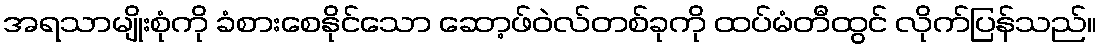
အရသာမျိုးစုံကို ခံစားစေနိုင်သော ဆော့ဖ်ဝဲလ်တစ်ခုကို ထပ်မံတီထွင် လိုက်ပြန်သည်။